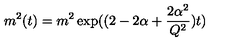
m ^ { 2 } ( t ) = m ^ { 2 } \exp ( ( 2 - 2 \alpha + \frac { 2 \alpha ^ { 2 } } { Q ^ { 2 } } ) t )